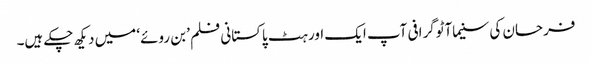
فرحان کی سنیماآٹوگرافی آپ ایک اور ہٹ پاکستانی فلم ’بن روئے‘ میں دیکھ چکے ہیں۔